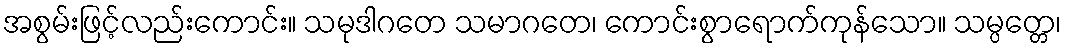
အစွမ်းဖြင့်လည်းကောင်း။ သမုဒါဂတေ သမာဂတေ၊ ကောင်းစွာရောက်ကုန်သော။ သမ္ပတ္တေ၊